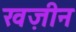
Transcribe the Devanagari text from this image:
खज़ीन